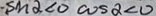
- \sin \alpha < 0 \cos \alpha < 0